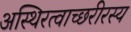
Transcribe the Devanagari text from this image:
अस्थिरत्वाच्छरीरस्य